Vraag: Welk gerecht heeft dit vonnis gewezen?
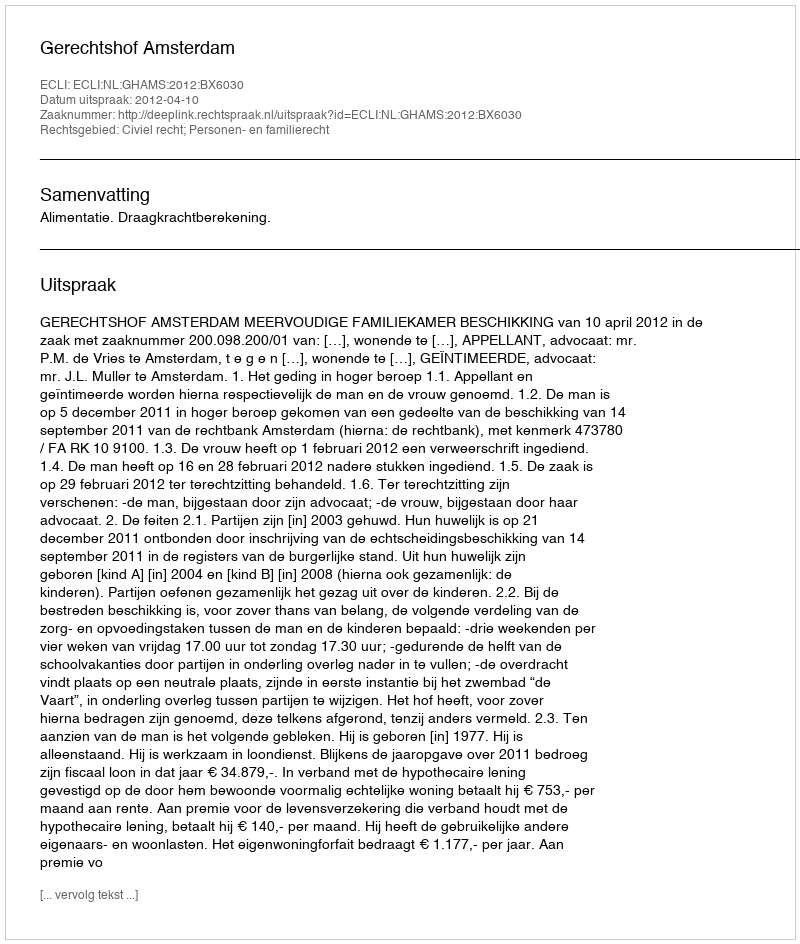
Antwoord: Gerechtshof Amsterdam